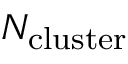
N _ { \mathrm { c l u s t e r } }